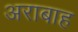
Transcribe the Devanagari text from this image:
अराबाह